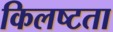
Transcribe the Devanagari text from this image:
किलष्टता